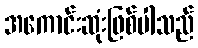
အကောင်းဆုံးဖြစ်ပါသည်